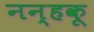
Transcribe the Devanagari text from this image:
नन्हकू